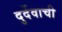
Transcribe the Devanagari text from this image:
दुर्देवाची